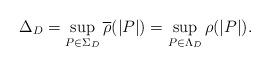
LaTeX: \begin{align*}\Delta_D = \sup_{P \in \Sigma_D} \overline\rho(|P|) = \sup_{P \in \Lambda_D} \rho(|P|).\end{align*}